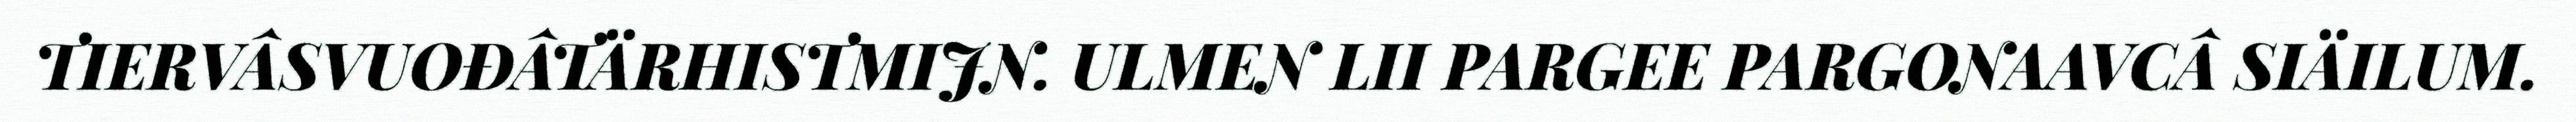
TIERVÂSVUOĐÂTÄRHISTMIJN. ULMEN LII PARGEE PARGONAAVCÂ SIÄILUM.